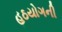
હઠયોગની